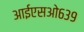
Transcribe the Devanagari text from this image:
आईएसओ६३९